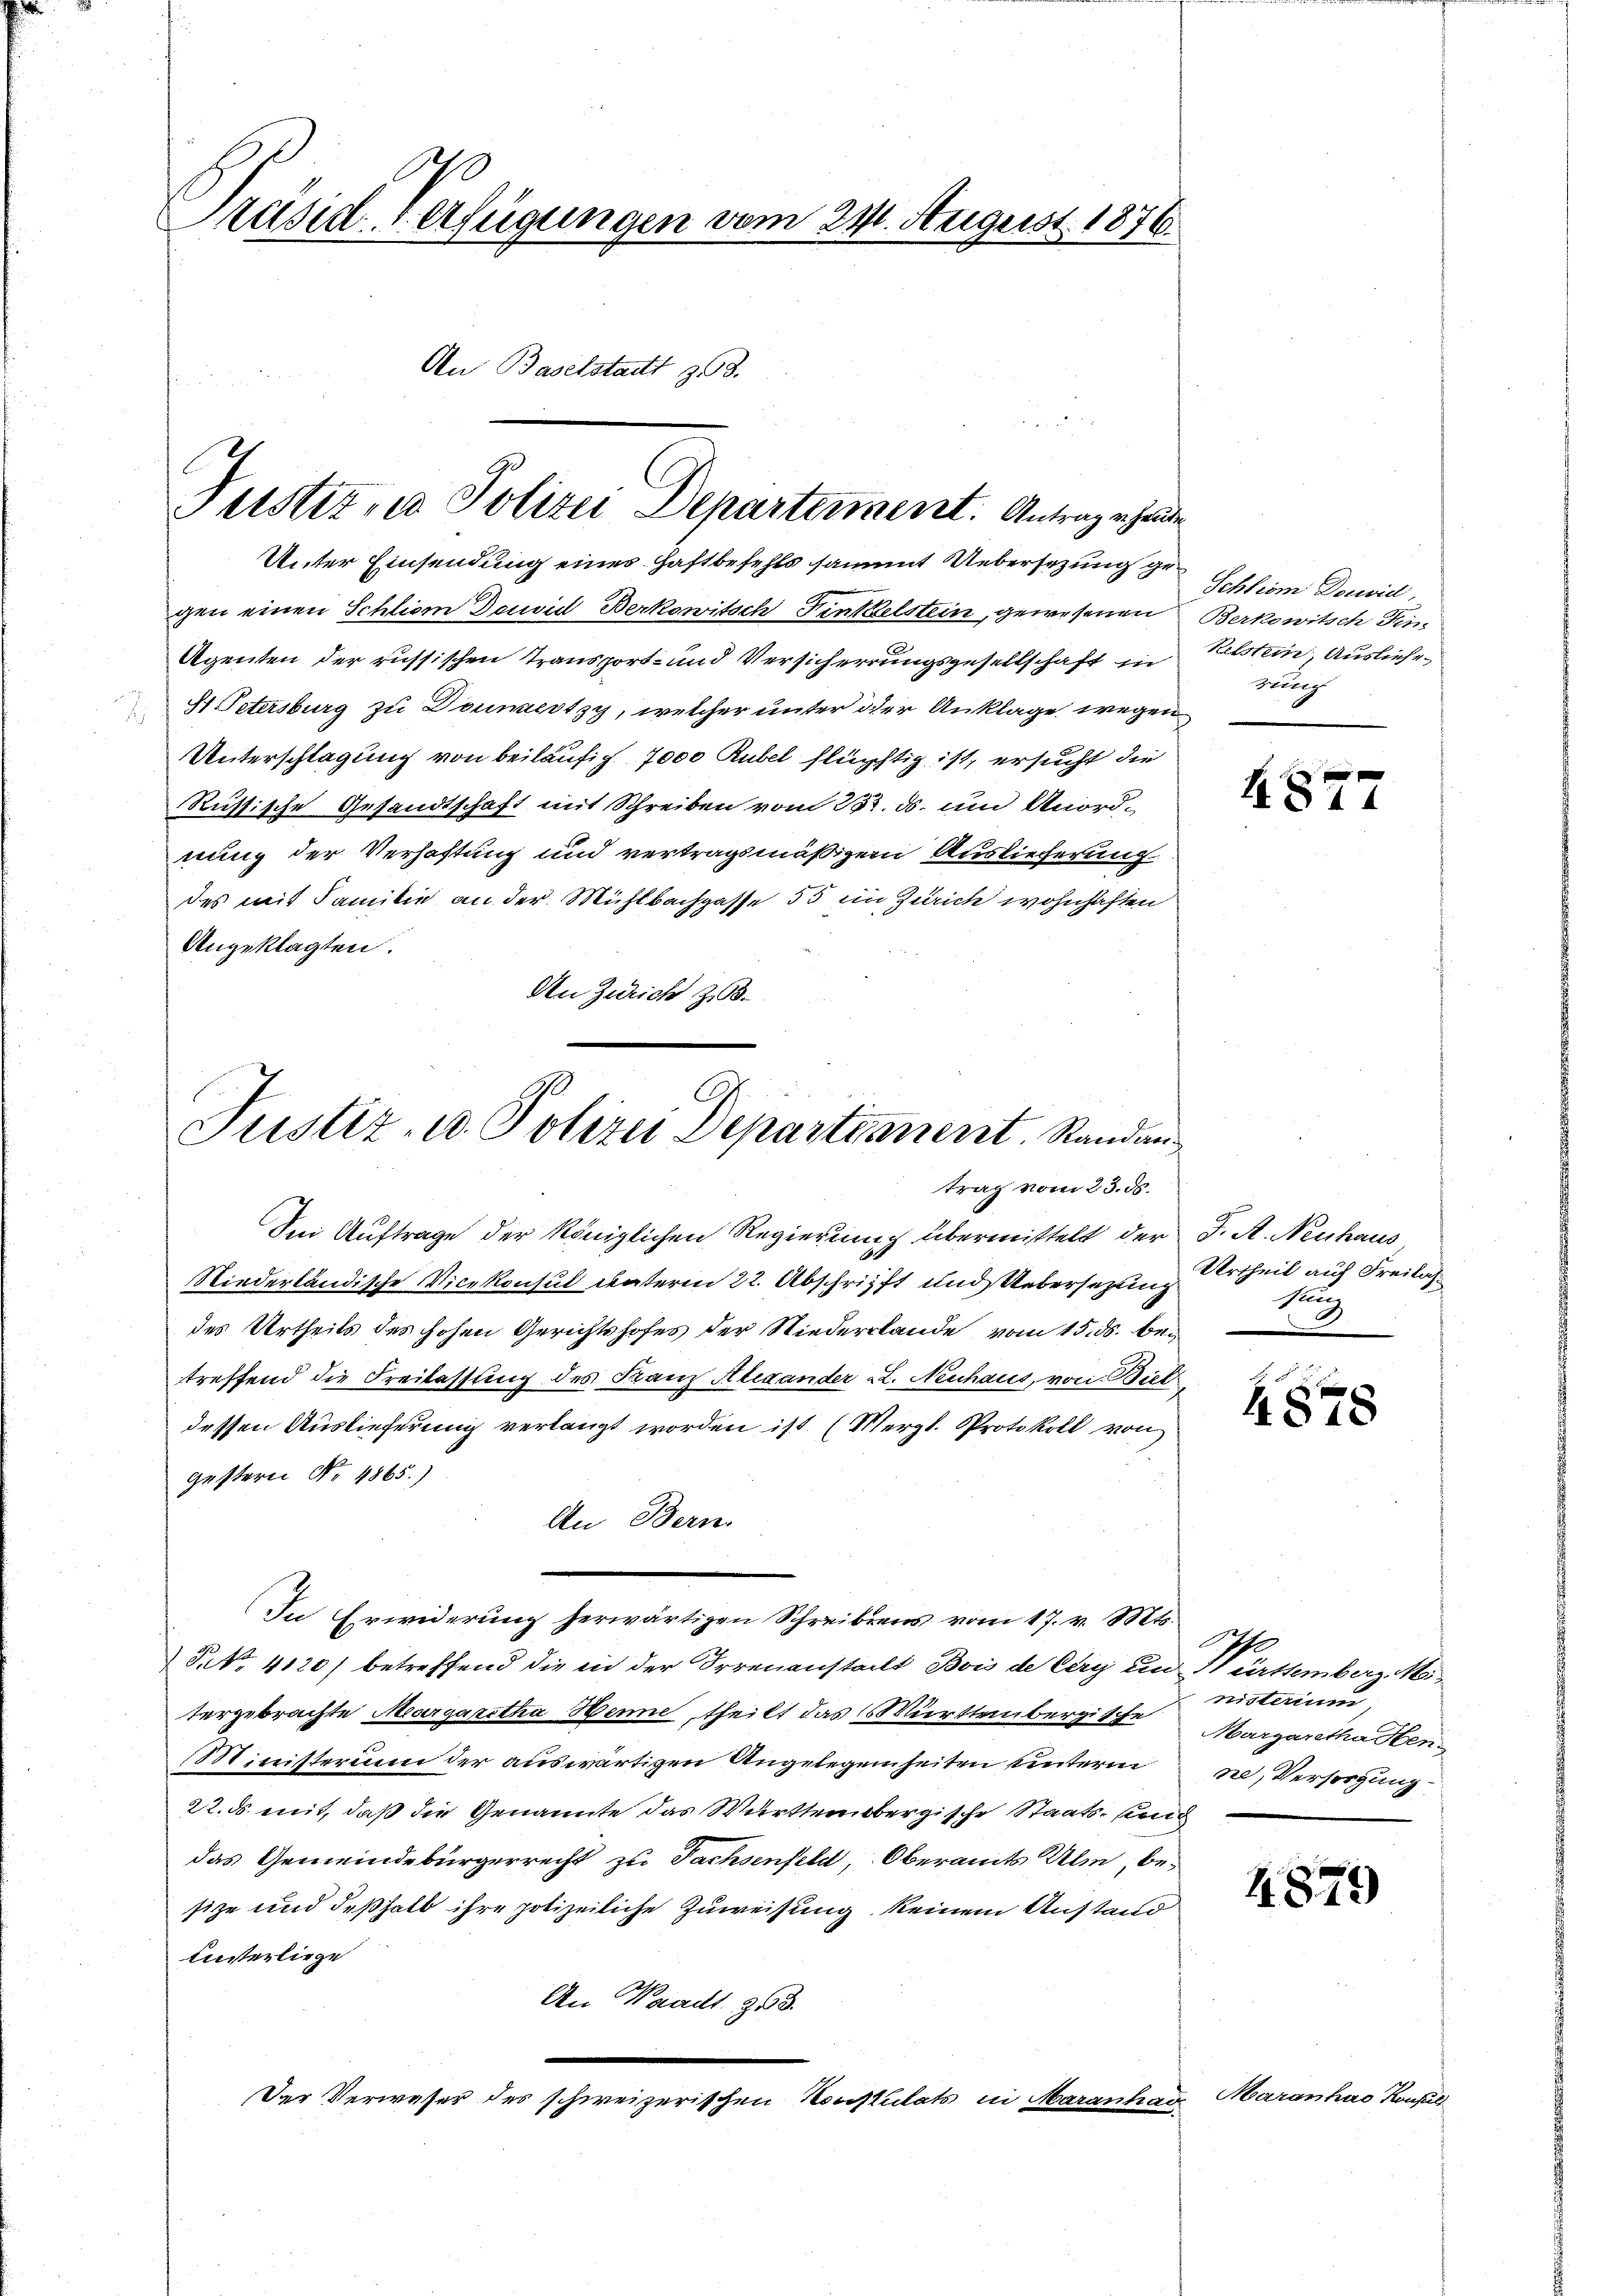
Präsid. Verfügungen vom 21. August 1876.
An Baselstadt 308.

Justiz, u. Polizei Departement. Antrag erhande

Unter Einsendung eines Haftbefehls sammt Uebersezung gegen einen Schliem David Berkowitsch Finkelstein, gewesenen Berkowitsch Fin
Agenten der russischen Transport- und Versicherrungsgesellschaft in
81 Petersburg zu Donnertsy, welcher unter der Anklage wegen
Unterschlagung von beiläufig 7000 Rubel flüchtig ist, ersucht die
Russische Gesandtschaft mit Schreiben vom 25. ds. und Unordnung der Verhaftung und vertragsmäßigem Auslieferung
des mit Familie an der Mühlbachgasse 55 in Zürich wohnhaften
Angeklagten.
An Zürich 208.

Justiz- u. Polizei Departennent. Randan
trag vom 23. ds.

In Erwiderung herwärtigen Schreibens vom 17. v. Mts.

Sei Auftrage der königlichen Regierung übermittelt der J. A. Neuhaus
Niederländische Vicekonsul unterm 22. Abschrifft und Uebersetzung
des Urtheils des hohen Gerichtshofes der Niederlande vom 15. ds. betreffend die Freilassung des Franz Alexander L. Neuhaus, von Biel
dessen Auslieferung verlangt worden ist. (Merzl. Protokoll von
gestern Nr. 4865)
An Bern.
P.No. 4120) betreffend die in der Irrenanstalt Bois de Cry und Württemberg. Mi
tergebrachte Margaretha Henne, theilt das Württembergitte Margaretha Sten¬
Ministerin der auswärtigen Angelegenheiten unterm
22. ds mit, daß die Genannte das Württembergische Staats- und
das Gemeindebürgerrecht zu Tachsenfeld, Oberamts Ulm, besize und deßhalb ihre potizeiliche Zuweisung keinem Anstand
unsterliege
An Waadt. 353.
Der Verweser des schweizerischen Konsulats in Maranhar

Schliom Douvidl,
Retstein, Ausliefe
zung

4844

Urtheil auf Freilas¬
Eug

4878

nisterium
ne, Versorgung

4879

Garanhao Kauf